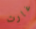
غارث